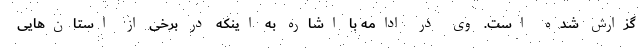
گزارش شده است. وی در ادامه با اشاره به اینکه در برخی از استان‌هایی